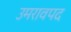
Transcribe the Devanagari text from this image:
उमरावपद